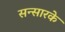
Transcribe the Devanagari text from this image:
सन्सारके